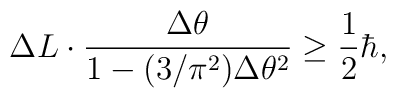
\Delta L \cdot	\frac{ \Delta \theta }	{ 1 - (3/\pi^2) \Delta \theta^2 }	\ge	\frac 12 \hbar ,